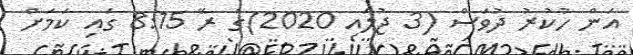
އަން ހުކުރު ދުވަސް (3 ޖުލައި 2020)ގެ ރޭ 8:15 ގައި ކަމަށް